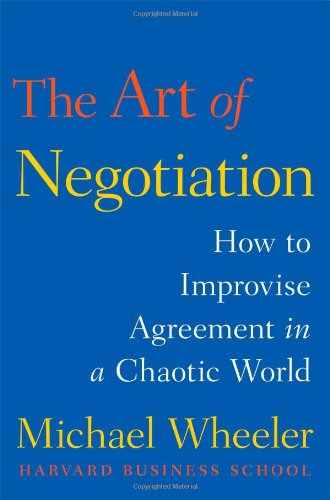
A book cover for The Art of Negotiation: How to Improvise Agreement in a Chaotic World; Michael Wheeler; Business & Money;